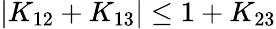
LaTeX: |K_{12}+K_{13}|\le 1+K_{23}